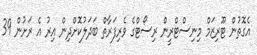
އެގޮތުން ޓޫރިޒަމް މިނިސްޓްރީން ރިސޯޓްގެ ވެރިފަރާތް ބަދަލުކޮށްދިން އިރު އެ ރަށުން 39